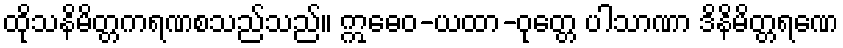
ထိုသနိမိတ္တကရဏစသည်သည်။ ဣဓေဝ-ယထာ-ဝုတ္တေ ပါသာဏာ ဒိနိမိတ္တရဏေ